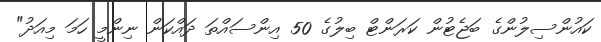
ކައުންސިލުންގެ ބަޖެޓުން ކަރަންޓް ބިލުގެ 50 އިންސައްތަ ދައްކަން ނިންމީ ހަމަ މިއަދު"